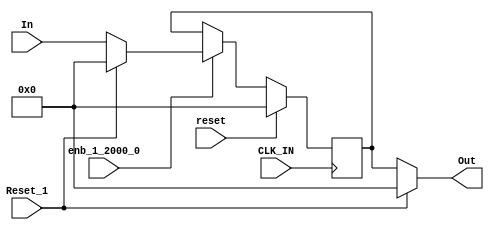
module velocityControlHdl_Reset_Delay_block1
          (
           CLK_IN,
           reset,
           enb_1_2000_0,
           Reset_1,
           In,
           Out
          );


  input   CLK_IN;
  input   reset;
  input   enb_1_2000_0;
  input   Reset_1;
  input   signed [31:0] In;  // sfix32_En28
  output  signed [31:0] Out;  // sfix32_En28


  wire signed [31:0] Constant1_out1;  // sfix32_En28
  wire signed [31:0] Reset_Switch1_out1;  // sfix32_En28
  reg signed [31:0] In_Delay_out1;  // sfix32_En28
  wire signed [31:0] Constant_out1;  // sfix32_En28
  wire signed [31:0] Reset_Switch_out1;  // sfix32_En28


  // <S30>/Constant1
  assign Constant1_out1 = 32'sb00000000000000000000000000000000;



  // <S30>/Reset_Switch1
  assign Reset_Switch1_out1 = (Reset_1 == 1'b0 ? In :
              Constant1_out1);



  // <S30>/In_Delay
  always @(posedge CLK_IN)
    begin : In_Delay_process
      if (reset == 1'b1) begin
        In_Delay_out1 <= 32'sb00000000000000000000000000000000;
      end
      else if (enb_1_2000_0) begin
        In_Delay_out1 <= Reset_Switch1_out1;
      end
    end



  // <S30>/Constant
  assign Constant_out1 = 32'sb00000000000000000000000000000000;



  // <S30>/Reset_Switch
  assign Reset_Switch_out1 = (Reset_1 == 1'b0 ? In_Delay_out1 :
              Constant_out1);



  assign Out = Reset_Switch_out1;

endmodule